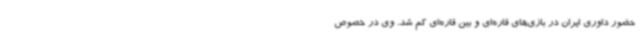
حضور داوری ایران در بازی‌های قاره‌ای و بین قاره‌ای کم شد. وی در خصوص